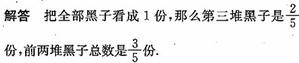
解答 把全部黑子看成1份，那么第三堆黑子是$\frac{2}{5}$份，前两堆黑子总数是$\frac{3}{5}$份.